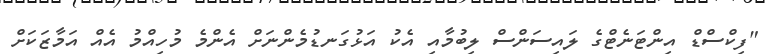
"ފިކްސްޑް އިންޓަނެޓްގެ ލައިސަންސް ލިބުމާއި އެކު އަޅުގަނޑުމެންނަށް އެންމެ މުހިއްމު އެއް އަމާޒަކަށް